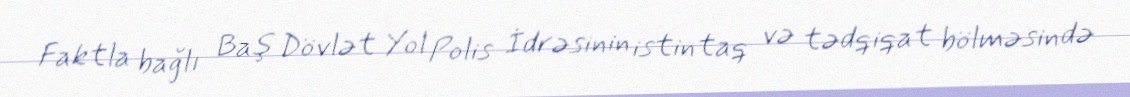
Faktla bağlı Baş Dövlət Yol Polis İdrəsinin istintaq və tədqiqat bölməsində